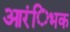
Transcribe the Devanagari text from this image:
आरंिभक